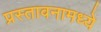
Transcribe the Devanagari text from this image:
प्रस्तावनामध्ये